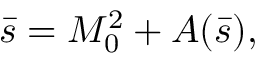
\bar { s } = M _ { 0 } ^ { 2 } + A ( \bar { s } ) ,